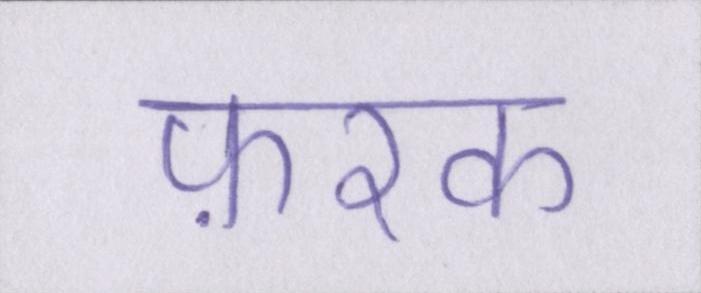
फ़रक